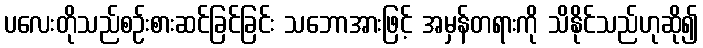
ပလေးတိုသည်စဉ်းစားဆင်ခြင်ခြင်း သဘောအားဖြင့် အမှန်တရားကို သိနိုင်သည်ဟုဆို၍